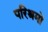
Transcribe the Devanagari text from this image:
परिश्रमो